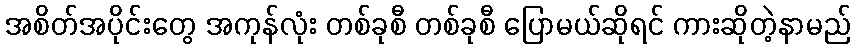
အစိတ်အပိုင်းတွေ အကုန်လုံး တစ်ခုစီ တစ်ခုစီ ပြောမယ်ဆိုရင် ကားဆိုတဲ့နာမည်